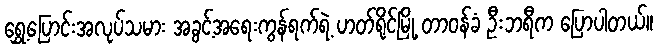
ရွှေ့ပြောင်းအလုပ်သမား အခွင့်အရေးကွန်ရက်ရဲ့ ဟတ်ရိုင်မြို့ တာဝန်ခံ ဦးဘရီက ပြောပါတယ်။